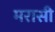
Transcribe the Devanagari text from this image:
मरासी